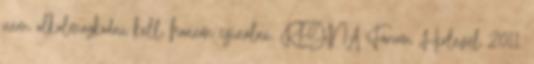
nem alkalmazkodni kell, hanem csinálni. REGINA Fórum Hírlevél 2011.